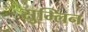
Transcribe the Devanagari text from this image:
सुम्लिन